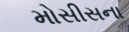
મોસીસના